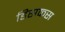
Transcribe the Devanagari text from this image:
डिसकस